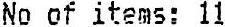
NO OF ITEMS: 11